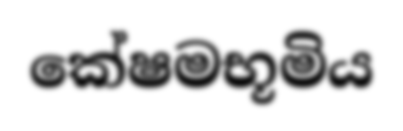
කේෂමභූමිය